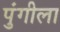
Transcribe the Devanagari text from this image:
पुंगीला